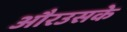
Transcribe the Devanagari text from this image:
औरउसके